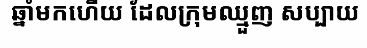
ឆ្នាំមកហើយ ដែលក្រុមឈ្មួញ សប្បាយ